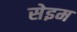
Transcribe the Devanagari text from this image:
सेइम